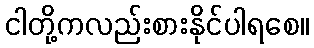
ငါတို့ကလည်းစားနိုင်ပါရစေ။